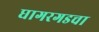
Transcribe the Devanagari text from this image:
घागरगडचा